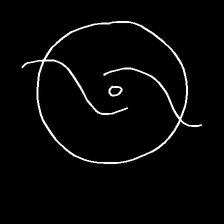
Glyph: repetition